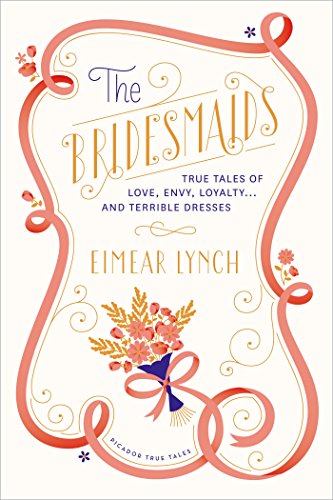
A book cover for The Bridesmaids: True Tales of Love, Envy, Loyalty . . . and Terrible Dresses (Picador True Tales); Eimear Lynch; Crafts, Hobbies & Home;